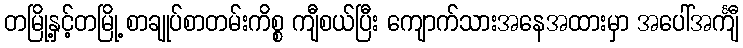
တမြို့နှင့်တမြို့ စာချုပ်စာတမ်းကိစ္စ ကျီစယ်ပြီး ကျောက်သားအနေအထားမှာ အပေါ်အင်္ကျီ